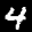
Label: 4